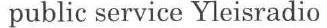
public service Yleisradio